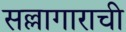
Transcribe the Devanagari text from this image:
सल्लागाराची